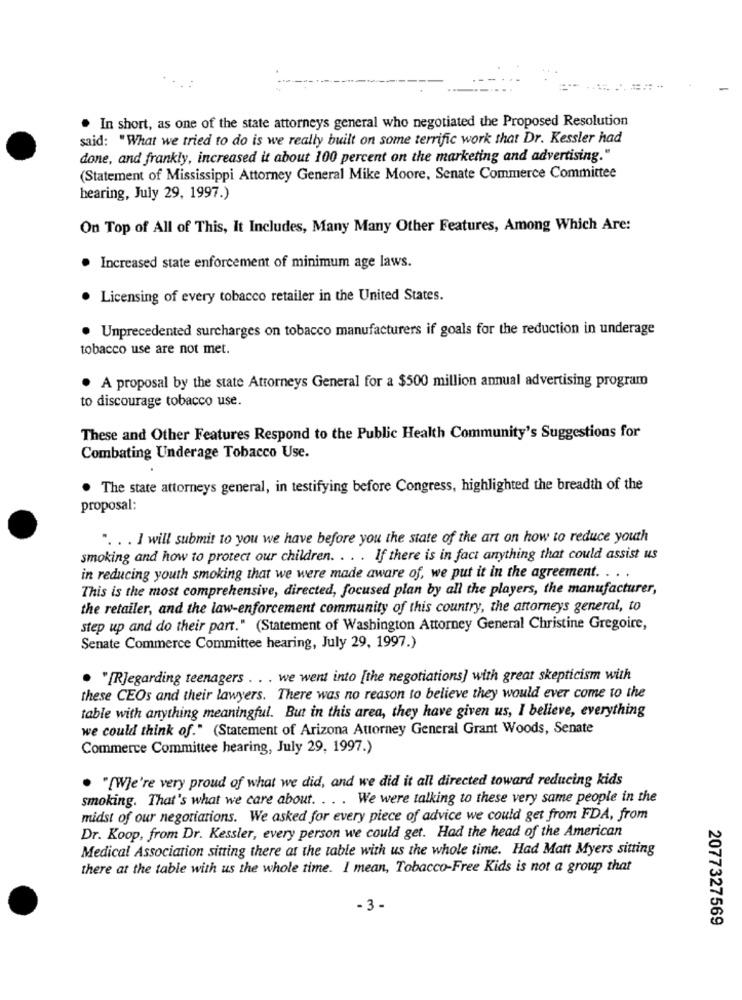
. In short, as one of the state attorneys general who negotiated the Proposed Resolution
said: "What we tried to do is we really built on some terrific work that Dr. Kessler had
done, and frankly, increased it about 100 percent on the marketing and advertising."
(Statement of Mississippi Attorney General Mike Moore, Senate Commerce Committee
hearing, July 29, 1997.)
On Top of All of This, It Includes, Many Many Other Features, Among Which Are:
· Increased state enforcement of minimum age laws.
. Licensing of every tobacco retailer in the United States.
Unprecedented surcharges on tobacco manufacturers if goals for the reduction in underage
tobacco use are not met.
. A proposal by the state Attorneys General for a $500 million annual advertising program
to discourage tobacco use.
These and Other Features Respond to the Public Health Community's Suggestions for
Combating Underage Tobacco Use.
. The state attorneys general, in testifying before Congress, highlighted the breadth of the
proposal:
.. . . I will submit to you we have before you the state of the art on how to reduce youth
smoking and how to protect our children. . . . If there is in fact anything that could assist us
in reducing youth smoking that we were made aware of, we put it in the agreement. .. .
This is the most comprehensive, directed, focused plan by all the players, the manufacturer,
the retailer, and the law enforcement community of this country, the attorneys general, to
step up and do their part." (Statement of Washington Attorney General Christine Gregoire,
Senate Commerce Committee hearing, July 29, 1997.)
. "[Regarding teenagers . . . we went into [the negotiations] with great skepticism with
these CEOs and their lawyers. There was no reason to believe they would ever come to the
table with anything meaningful. But in this area, they have given us, I believe, everything
we could think of." (Statement of Arizona Attorney General Grant Woods, Senate
Commerce Committee hearing, July 29, 1997.)
. "[W]e're very proud of what we did, and we did it all directed toward reducing kids
smoking. That's what we care about. .. . We were talking to these very same people in the
midst of our negotiations. We asked for every piece of advice we could get from FDA, from
Dr. Koop, from Dr. Kessler, every person we could get. Had the head of the American
Medical Association sitting there at the table with us the whole time. Had Matt Myers sitting
there at the table with us the whole time. I mean, Tobacco-Free Kids is not a group that
-3 -
2077327569